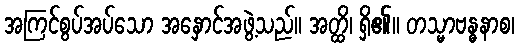
အကြင်စွပ်အပ်သော အနှောင်အဖွဲ့သည်။ အတ္ထိ၊ ရှိ၏။ တသ္မာဗန္ဓနာစ၊